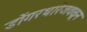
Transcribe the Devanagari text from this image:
डोंगरधारेजवळून